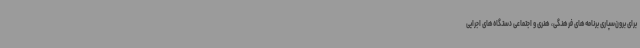
برای برون‌سپاری برنامه‌های فرهنگی، هنری و اجتماعی دستگاه‌های اجرایی